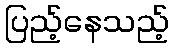
ပြည့်နေသည့်